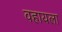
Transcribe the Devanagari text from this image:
वहायला